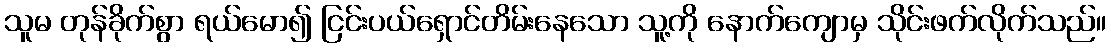
သူမ တုန်ခိုက်စွာ ရယ်မော၍ ငြင်းပယ်ရှောင်တိမ်းနေသော သူ့ကို နောက်ကျောမှ သိုင်းဖက်လိုက်သည်။